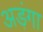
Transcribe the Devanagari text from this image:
अड़ंगा